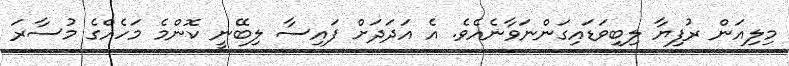
މިލިއަން ރުފިޔާ ލިބިވަޑައިގަންނަވާނެއެވެ. އެ އަދަދަށް ފައިސާ ލިބޭނީ ކޮންމެ މަހެއްގެ މުސާރަ